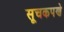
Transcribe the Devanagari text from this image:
सूचकपणे